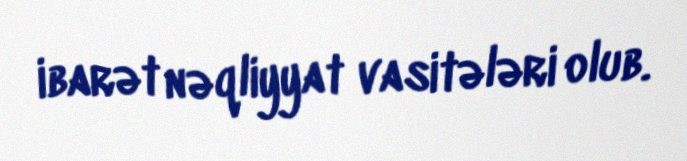
ibarət nəqliyyat vasitələri olub.